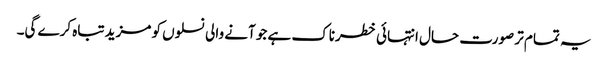
یہ تمام تر صورت حال انتہائی خطرناک ہے جو آنے والی نسلوں کو مزید تباہ کرے گی۔